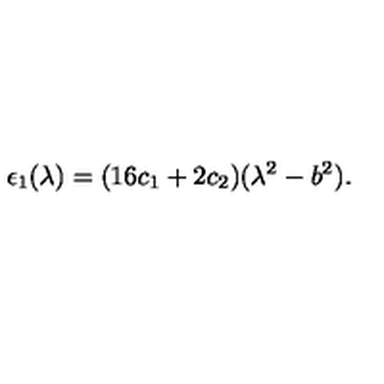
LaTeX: \epsilon _ { 1 } ( \lambda ) = ( 1 6 c _ { 1 } + 2 c _ { 2 } ) ( \lambda ^ { 2 } - b ^ { 2 } ) .